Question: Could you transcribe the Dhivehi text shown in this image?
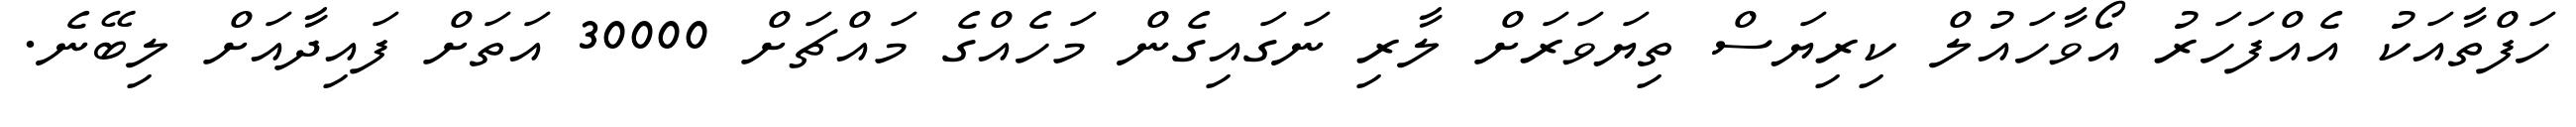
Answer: ހަފްތާއަކު އެއްފަހަރު އޯވާހައުލް ކިރިޔަސް ތިޔަވަރަށް ލާރި ނަގައިގެން މަހެއްގެ މައްޗަށް 30000 އަތަށް ފައިދާއަށް ލިބޭނެ.